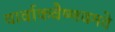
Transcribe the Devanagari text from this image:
चार्वाकवैष्णवमते